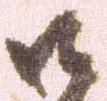
御